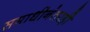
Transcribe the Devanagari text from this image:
समाधीनंतरही